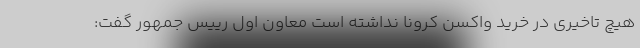
هیچ تاخیری در خرید واکسن کرونا نداشته است معاون اول رییس جمهور گفت: